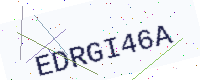
Text: EDRGI46A